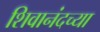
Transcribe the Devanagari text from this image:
शिवानंदच्या